Vaccination in Bombay 1889-1901 - 1889-1901
Year: 1889
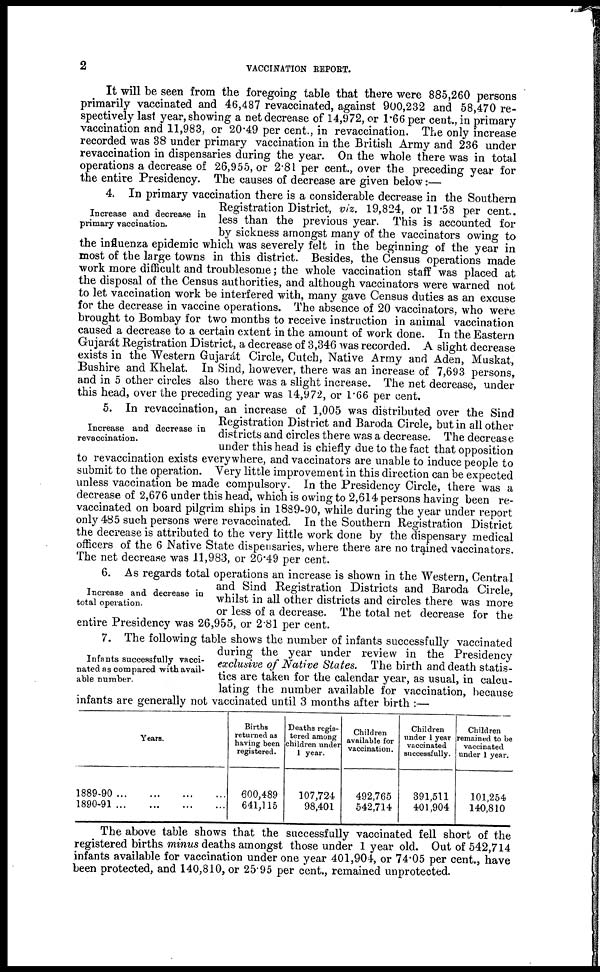
2
VACCINATION REPORT.
It will be seen from the foregoing table that there were 885,260 persons
primarily vaccinated and 46,487 revaccinated, against 900,232 and 58,470 re-
spectively last year, showing a net decrease of 14,972, or 1.66 per cent., in primary
vaccination and 11,983, or 20.49 per cent., in revaccination. The only increase
recorded was 38 under primary vaccination in the British Army and 236 under
revaccination in dispensaries during the year. On the whole there was in total
operations a decrease of 26,955, or 2.81 per cent., over the preceding year for
the entire Presidency. The causes of decrease are given below:—
Increase and decrease in
primary vaccination.
4. In primary vaccination there is a considerable decrease in the Southern
Registration District, viz. 19,824, or 11.58 per cent.
less than the previous year. This is accounted for
by sickness amongst many of the vaccinators owing to
the influenza epidemic which was severely felt in the beginning of the year in
most of the large towns in this district. Besides, the Census operations made
work more difficult and troublesome; the whole vaccination staff was placed at
the disposal of the Census authorities, and although vaccinators were warned not
to let vaccination work be interfered with, many gave Census duties as an excuse
for the decrease in vaccine operations. The absence of 20 vaccinators, who were
brought to Bombay for two months to receive instruction in animal vaccination
caused a decrease to a certain extent in the amount of work done. In the Eastern
Gujarát Registration District, a decrease of 3,346 was recorded. A slight decrease
exists in the Western Gujarát Circle, Cutch, Native Army and Aden, Muskat,
Bushire and Khelat. In Sind, however, there was an increase of 7,693 persons,
and in 5 other circles also there was a slight increase. The net decrease, under
this head, over the preceding year was 14,972, or 1.66 per cent.
Increase and decrease in
revaccination.
5. In revaccination, an increase of 1,005 was distributed over the Sind
Registration District and Baroda Circle, but in all other
districts and circles there was a decrease. The decrease
under this head is chiefly due to the fact that opposition
to revaccination exists everywhere, and vaccinators are unable to induce people to
submit to the operation. Very little improvement in this direction can be expected
unless vaccination be made compulsory. In the Presidency Circle, there was a
decrease of 2,676 under this head, which is owing to 2,614 persons having been re-
vaccinated on board pilgrim ships in 1889-90, while during the year under report
only 485 such persons were revaccinated. In the Southern Registration District
the decrease is attributed to the very little work done by the dispensary medical
officers of the 6 Native State dispensaries, where there are no trained vaccinators.
The net decrease was 11,983, or 20.49 per cent.
Increase and decrease in
total operation.
6. As regards total operations an increase is shown in the Western, Central
and Sind Registration Districts and Baroda Circle,
whilst in all other districts and circles there was more
or less of a decrease. The total net decrease for the
entire Presidency was 26,955, or 2.81 per cent.
Infants successfully vacci-
nated as compared with avail-
able number.
7. The following table shows the number of infants successfully vaccinated
during the year under review in the Presidency
exclusive of Native States. The birth and death statis-
tics are taken for the calendar year, as usual, in calcu-
lating the number available for vaccination, because
infants are generally not vaccinated until 3 months after birth :—
Years.
1 8 8 9 - 9 0 . . . . . . . . . . . .
1890-91...
...
...
...
Births
returned as
having been
registered.
600,489
641,115
Deaths regis-
tered among
children under
1 year.
107,724
98,401
Children
available for
vaccination.
492,765
542,714
Children
under 1 year
vaccinated
successfully.
391,511
401,904
Children
remained to be
vaccinated
under 1 year.
101,254
140,810
The above table shows that the successfully vaccinated fell short of the
registered births minus deaths amongst those under 1 year old. Out of 542,714
infants available for vaccination under one year 401,904, or 74.05 per cent., have
been protected, and 140,810, or 25.95 per cent., remained unprotected.